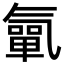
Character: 㲷